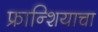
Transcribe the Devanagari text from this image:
फ्रान्शियाचा